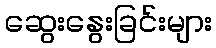
ဆွေးနွေးခြင်းများ